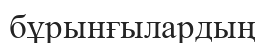
бұрынғылардың